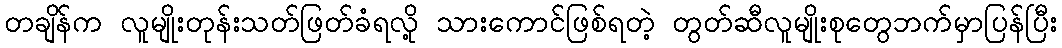
တချိန်က လူမျိုးတုန်းသတ်ဖြတ်ခံရလို့ သားကောင်ဖြစ်ရတဲ့ တွတ်ဆီလူမျိုးစုတွေဘက်မှာပြန်ပြီး